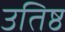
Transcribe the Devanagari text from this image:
उतिष्ठ